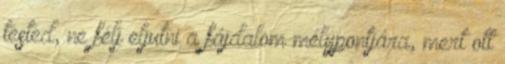
tested, ne félj eljutni a fájdalom mélypontjára, mert ott